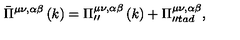
\bar { \Pi } ^ { \mu \nu , \alpha \beta } \left( k \right) = \Pi _ { \prime \prime } ^ { \mu \nu , \alpha \beta } \left( k \right) + \Pi _ { \prime \prime t a d } ^ { \mu \nu , \alpha \beta } ,